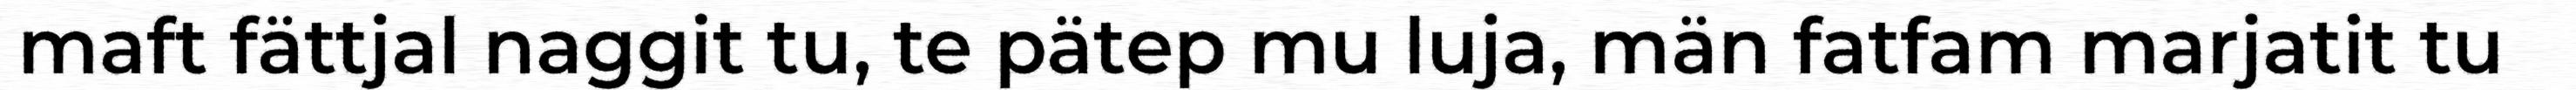
maft fättjal naggit tu, te pätep mu luja, män fatfam marjatit tu